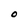
Character: o